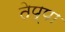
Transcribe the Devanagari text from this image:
तेप्पा